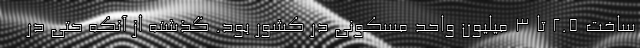
ساخت ۲.۵ تا ۳ میلیون واحد مسکونی در کشور بود. گذشته از آنکه حتی در